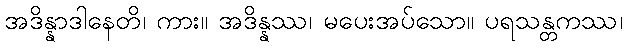
အဒိန္နာဒါနေတိ၊ ကား။ အဒိန္နဿ၊ မပေးအပ်သော။ ပရသန္တကဿ၊